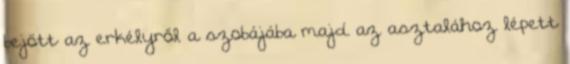
bejött az erkélyről a szobájába majd az asztalához lépett